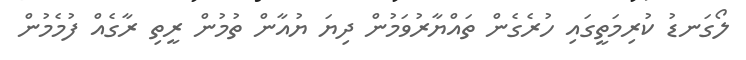
ލޯގަނޑު ކުރިމަތީގައި ހުރެގެން ތައްޔާރުވަމުން ދިޔަ ޔުއާން ތުމުން ރީތި ރާގެއް ފުމެމުން